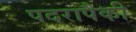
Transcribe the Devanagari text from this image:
पदरापैकी